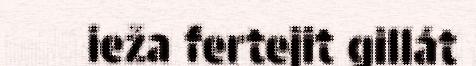
ieža fertejit gillát